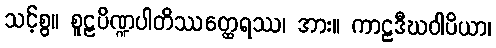
သင့်စွ။ စူဠပိဏ္ဍပါတိဿတ္ထေရဿ၊ အား။ ကာဠဒီဃဝါပိယာ၊